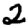
Digit: 2